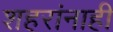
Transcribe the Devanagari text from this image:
शहरांनाही